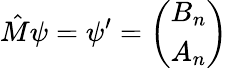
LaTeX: \hat{M}\psi=\psi^{\prime}=\left(\begin{array}{l}{B_{n}}\\ {A_{n}}\end{array}\right)